Report on the working of the Ranchi Indian Mental Hospital, Kanke, in Bihar and Orissa - 1930-1940
Year: 1930
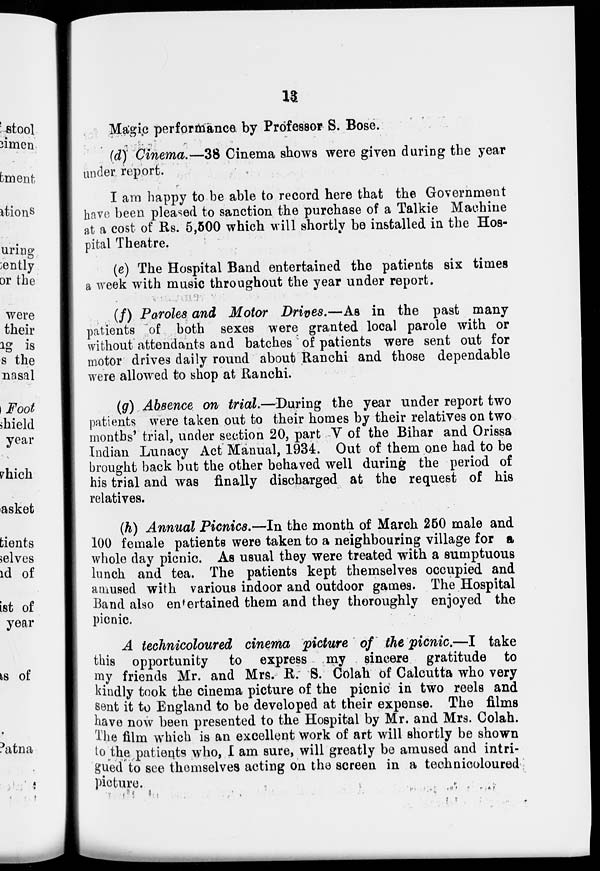
13
Magic performance by Professor S. Bose.
(d) Cinema.—38 Cinema shows were given during the year
under report.
I am happy to be able to record here that the Government
have been pleased to sanction the purchase of a Talkie Machine
at a cost of Rs. 5,500 which will shortly be installed in the Hos-
pital Theatre.
(e) The Hospital Band entertained the patients six times
a week with music throughout the year under report.
(f) Paroles and Motor Drives.—As in the past many
patients of both sexes were granted local parole with or
without attendants and batches of patients were sent out for
motor drives daily round about Ranchi and those dependable
were allowed to shop at Ranchi.
(g) Absence on trial.—During the year under report two
patients were taken out to their homes by their relatives on two
months' trial, under section 20, part V of the Bihar and Orissa
Indian Lunacy Act Manual, 1934. Out of them one had to be
brought back but the other behaved well during the period of
his trial and was finally discharged at the request of his
relatives.
(h) Annual Picnics.—In the month of March 250 male and
100 female patients were taken to a neighbouring village for a
whole day picnic. As usual they were treated with a sumptuous
lunch and tea. The patients kept themselves occupied and
amused with various indoor and outdoor games. The Hospital
Band also entertained them and they thoroughly enjoyed the
picnic.
A technicoloured cinema picture of the picnic.—I take
this opportunity to express my sincere gratitude to
my friends Mr. and Mrs. R. S. Colah of Calcutta who very
kindly took the cinema picture of the picnic in two reels and
sent it to England to be developed at their expense. The films
have now been presented to the Hospital by Mr. and Mrs. Colah.
The film which is an excellent work of art will shortly be shown
to the patients who, I am sure, will greatly be amused and intri-
gued to see themselves acting on the screen in a technicoloured
picture.